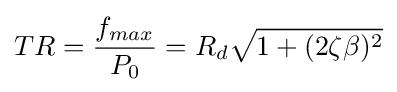
TR={\frac {f_{max}}{P_{0}}}=R_{d}{\sqrt {1+(2\zeta \beta )^{2}}}